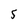
Character: 5